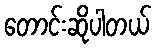
တောင်းဆိုပါတယ်